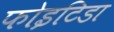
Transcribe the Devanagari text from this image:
फोइटिडा